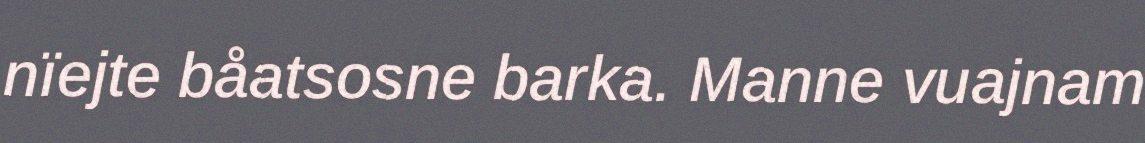
nïejte båatsosne barka. Manne vuajnam